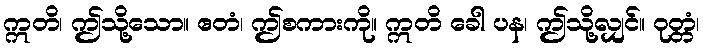
ဣတိ၊ ဤသို့သော။ ဧတံ၊ ဤစကားကို။ ဣတိ ခေါ ပန၊ ဤသို့လျှင်။ ဝုတ္တံ၊